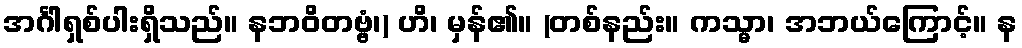
အင်္ဂါရှစ်ပါးရှိသည်။ နဘဝိတဗ္ဗံ၊) ဟိ၊ မှန်၏။ (တစ်နည်း။ ကသ္မာ၊ အဘယ်ကြောင့်။ န